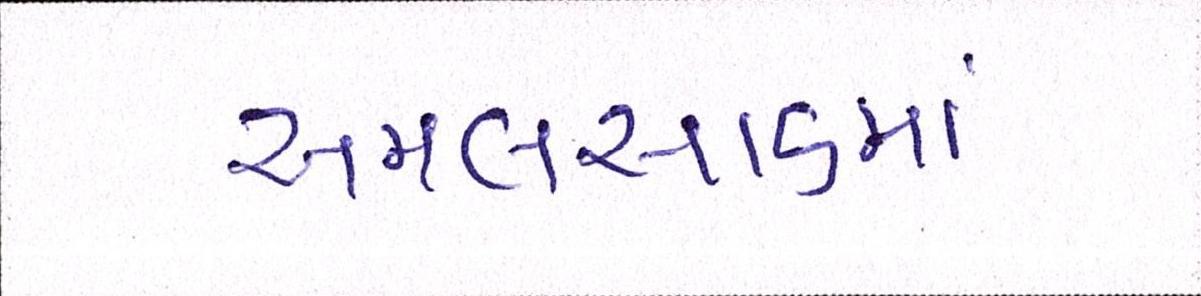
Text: અમલસાડમાં